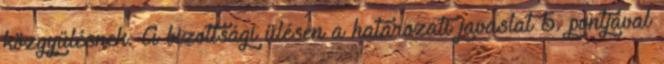
közgyűlésnek. A bizottsági ülésen a határozati javaslat 5. pontjával